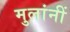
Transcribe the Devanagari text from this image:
मुलांनीं